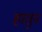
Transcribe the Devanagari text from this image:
हातुन